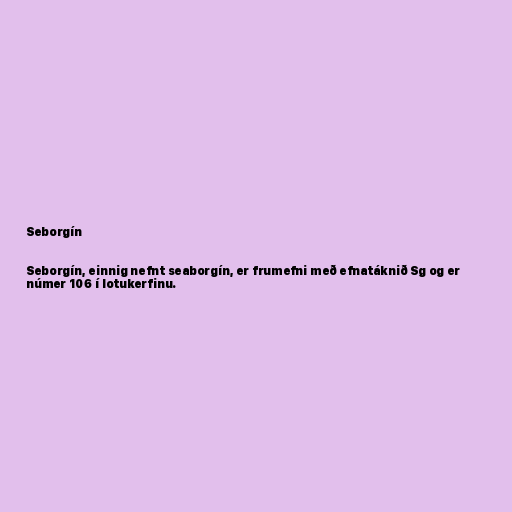
Seborgín

Seborgín, einnig nefnt seaborgín, er frumefni með efnatáknið Sg og er
númer 106 í lotukerfinu.